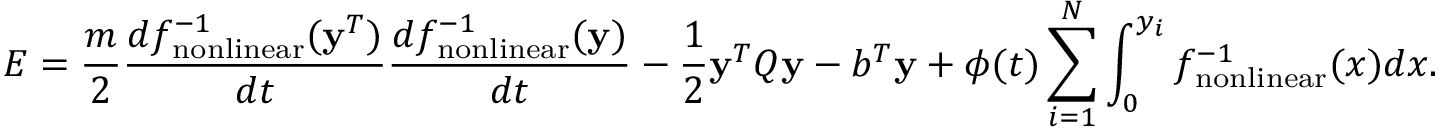
E = \frac { m } { 2 } \frac { d f _ { \mathrm { n o n l i n e a r } } ^ { - 1 } ( { \bf y } ^ { T } ) } { d t } \frac { d f _ { \mathrm { n o n l i n e a r } } ^ { - 1 } ( { \bf y } ) } { d t } - \frac { 1 } { 2 } { \bf y } ^ { T } Q { \bf y } - b ^ { T } { \bf y } + \phi ( t ) \sum _ { i = 1 } ^ { N } \int _ { 0 } ^ { y _ { i } } f _ { \mathrm { n o n l i n e a r } } ^ { - 1 } ( x ) d x .